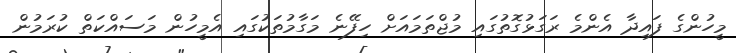
މީހުންގެ ފައިދާ އެންމެ ރަގަޅުގޮތުގައި މުޖްތަމައަށް ހިފޭނެ މަގާމުތަކުގައި އެމީހުން މަސައްކަތް ކުރަމުން